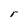
Character: r